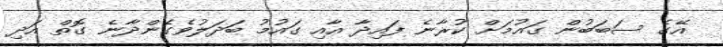
އޭގެ ސަބަބުން ގައުމަށް ކުރާނެ ފައިދާ އާއި ގައުމު ބަދަލުވެގެންދާނެ ގޮތް އަދި